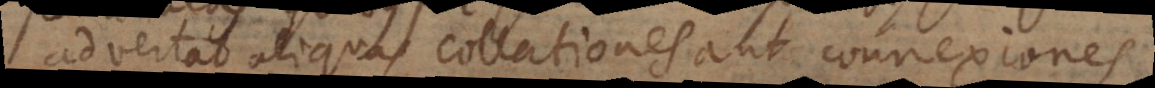
advertat aliquas collationes aut connexiones